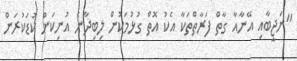
"ނަޖީބާއި އޭނާއާ ގާތް ފަރާތްތަކާ އެކު އޮތް ގުޅުމަކުން ލިބިދާނެ އުނިކަން ކުޑަކުރަން